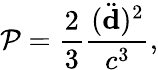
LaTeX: \mathcal{P}={\frac{{2}}{{3}}}{\frac{{(\ddot{{\mathbf{d}}})^{2}}}{{c^{3}}}},